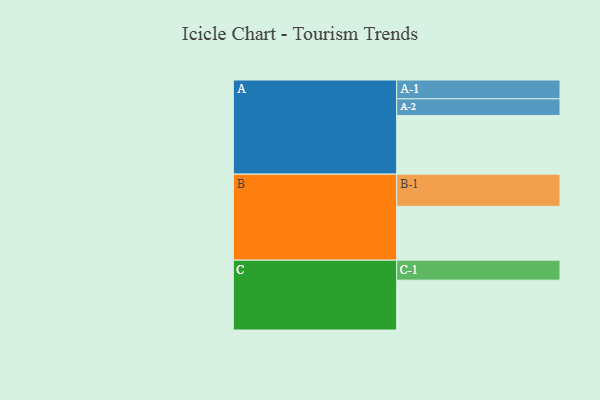
{"axis": {"x": "Segment", "y": "Value"}, "legend": ["", "A", "B", "C"], "data": [{"x": "A", "y": 405, "type": ""}, {"x": "B", "y": 372, "type": ""}, {"x": "C", "y": 344, "type": ""}, {"x": "A-1", "y": 130, "type": "A"}, {"x": "A-2", "y": 115, "type": "A"}, {"x": "B-1", "y": 222, "type": "B"}, {"x": "C-1", "y": 138, "type": "C"}]}